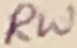
Text: RW